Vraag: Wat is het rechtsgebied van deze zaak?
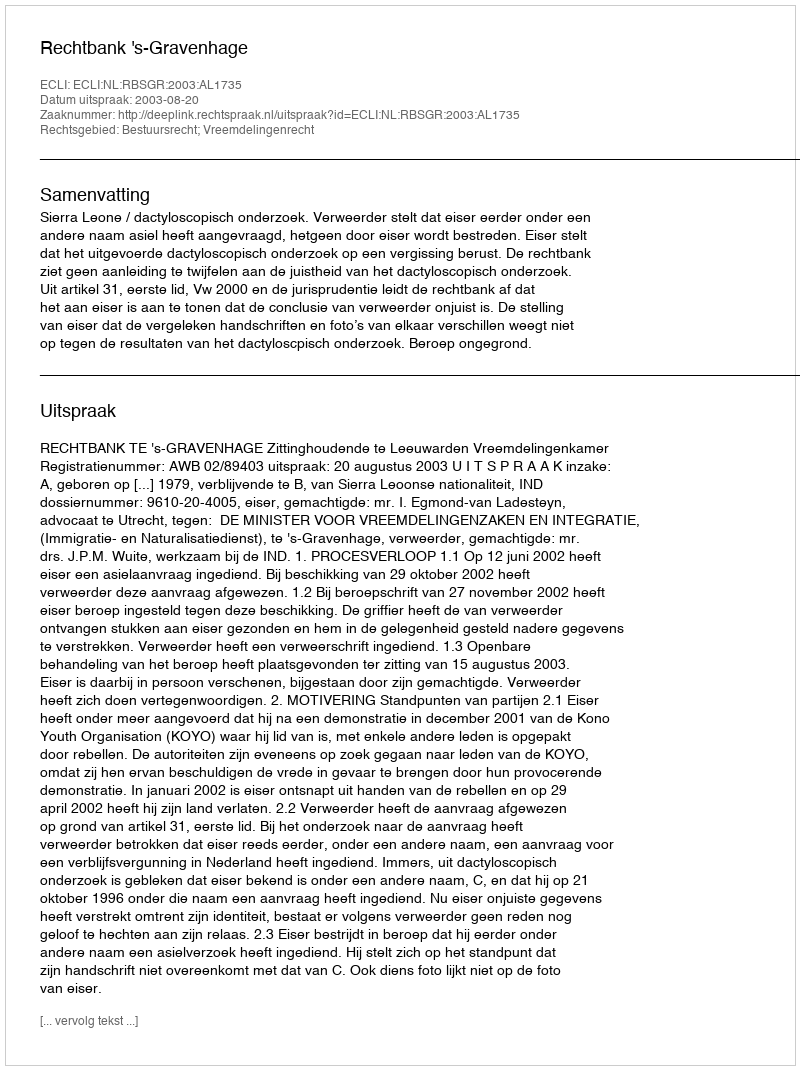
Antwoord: Bestuursrecht; Vreemdelingenrecht